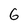
Character: 6